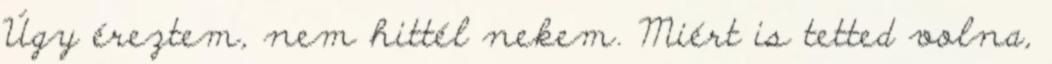
Úgy éreztem, nem hittél nekem. Miért is tetted volna,